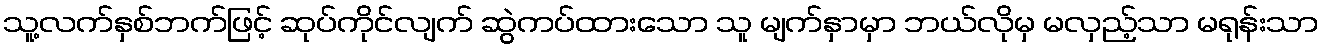
သူ့လက်နှစ်ဘက်ဖြင့် ဆုပ်ကိုင်လျက် ဆွဲကပ်ထားသော သူ မျက်နှာမှာ ဘယ်လိုမှ မလှည့်သာ မရုန်းသာ